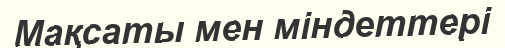
Мақсаты мен міндеттері